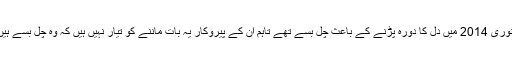
غیر ملکی خبر رساں ایجنسی کے مطابق دیویا جیوتی جگریتری سنستھان کے بانی آشوتوش مہاراج جنوری 2014 میں دل کا دورہ پڑنے کے باعث چل بسے تھے تاہم ان کے پیروکار یہ بات ماننے کو تیار نہیں ہیں کہ وہ چل بسے ہیں بلکہ ان کا کہنا ہے کہ مہاراج گہری تپسیا کی حالت میں ہیں اور ان میں زندگی دوبارہ لوٹ آئے گی۔